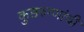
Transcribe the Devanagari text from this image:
कुष्ठरुग्णांची